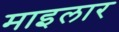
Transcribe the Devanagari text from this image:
माइलार